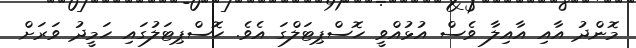
މޮންދު އާއި އާއިލާ ވެސް އުޅުއްވީ ހޮސްޕިޓަލްގަ އެވެ. ހޮސްޕިޓަލުގައި ހަމީދު ވަރަށް